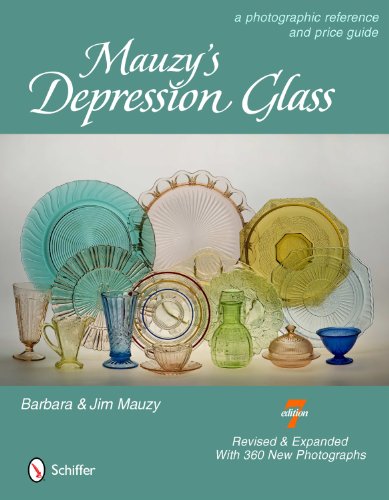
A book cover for Mauzy's Depression Glass: A Photographic Reference and Price Guide; Barbara Mauzy; Crafts, Hobbies & Home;